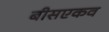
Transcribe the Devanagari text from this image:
बीसएकव